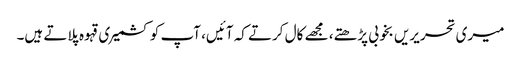
میری تحریریں بخوبی پڑھتے، مجھے کال کرتے کہ آئیں، آپ کو کشمیری قہوہ پلاتے ہیں۔